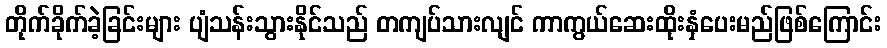
တိုက်ခိုက်ခဲ့ခြင်းများ ပျံသန်းသွားနိုင်သည် တကျပ်သားလျင် ကာကွယ်ဆေးထိုးနှံပေးမည်ဖြစ်ကြောင်း